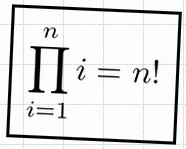
\prod_{i=1}^{n}i=n!